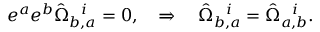
e ^ { a } e ^ { b } \hat { \Omega } _ { b , a } ^ { ~ ~ i } = 0 , \quad \Rightarrow \quad \hat { \Omega } _ { b , a } ^ { ~ ~ i } = \hat { \Omega } _ { a , b } ^ { ~ ~ i } .